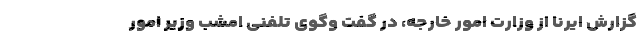
گزارش ایرنا از وزارت امور خارجه، در گفت‌ وگوی تلفنی امشب وزیر امور